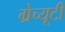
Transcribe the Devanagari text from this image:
ग्रेच्यूटी